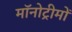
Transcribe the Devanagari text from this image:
मॉनोट्रीमों